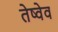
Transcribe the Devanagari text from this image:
तेष्वेव